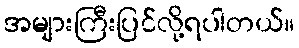
အများကြီးပြင်လို့ရပါတယ်။